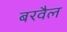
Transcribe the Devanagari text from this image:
बरवैल